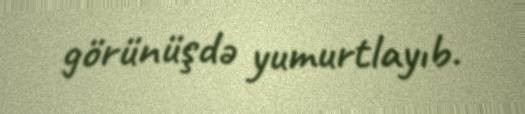
görünüşdə yumurtlayıb.